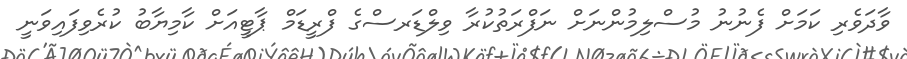
ވާދަވެރި ކަމަށް ފެނުނު މުސްލިމުންނަށް ނަފްރަތުކުރާ ވިލްޑަރސްގެ ފްރީޑަމް ޕާޓީއަށް ކާމިޔާބު ކުރެވިފައިވަނީ